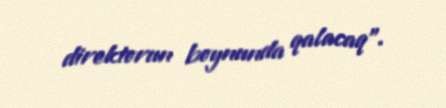
direktorun boynunda qalacaq".